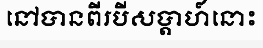
នៅបានពីរបីសប្តាហ៍នោះ